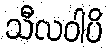
သီလဝါပိ